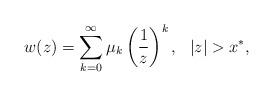
LaTeX: \begin{align*}w(z)=\sum_{k=0}^{\infty}\mu_k \left(\frac{1}{z}\right)^k,~~\vert z\vert > x^{\ast},\end{align*}